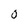
Character: o